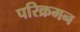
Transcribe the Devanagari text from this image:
परिक्रमन